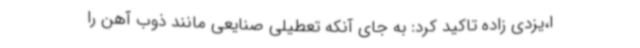
ا،یزدی زاده تاکید کرد: به جای آنکه تعطیلی صنایعی مانند ذوب آهن را